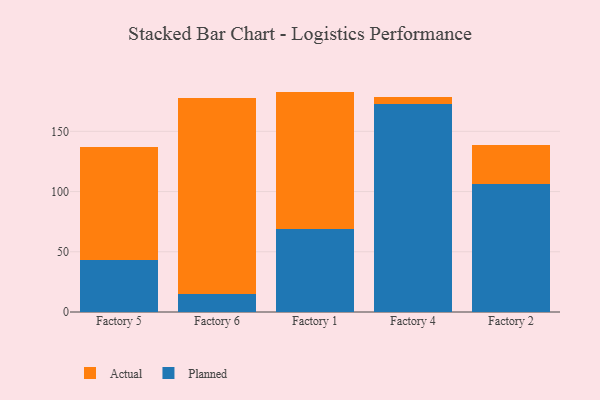
{"axis": {"x": "Factory", "y": "Customer Acquisition Cost (USD)"}, "legend": ["Actual", "Planned"], "data": [{"x": "Factory 5", "y": 43.1, "type": "Planned"}, {"x": "Factory 5", "y": 93.6, "type": "Actual"}, {"x": "Factory 6", "y": 14.9, "type": "Planned"}, {"x": "Factory 6", "y": 162.6, "type": "Actual"}, {"x": "Factory 1", "y": 69.1, "type": "Planned"}, {"x": "Factory 1", "y": 113.9, "type": "Actual"}, {"x": "Factory 4", "y": 173.1, "type": "Planned"}, {"x": "Factory 4", "y": 5.1, "type": "Actual"}, {"x": "Factory 2", "y": 106.6, "type": "Planned"}, {"x": "Factory 2", "y": 32.1, "type": "Actual"}]}